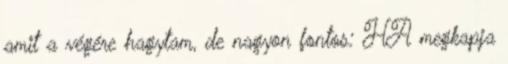
amit a végére hagytam, de nagyon fontos: HA megkapja